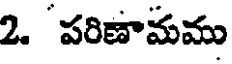
2. పరిణామము